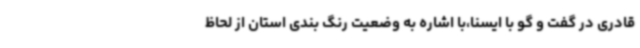
قادری در گفت و گو با ایسنا،با اشاره به وضعیت رنگ بندی استان از لحاظ